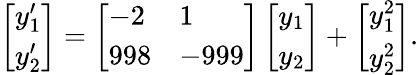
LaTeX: \left[\begin{array}{l}{y_{1}^{\prime}}\\ {y_{2}^{\prime}}\end{array}\right]=\left[\begin{array}{ll}{-2}&{1}\\ {998}&{-999}\end{array}\right]\left[\begin{array}{l}{y_{1}}\\ {y_{2}}\end{array}\right]+\left[\begin{array}{l}{y_{1}^{2}}\\ {y_{2}^{2}}\end{array}\right].